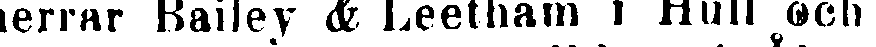
herrar Bailey & Leetham i Hull och